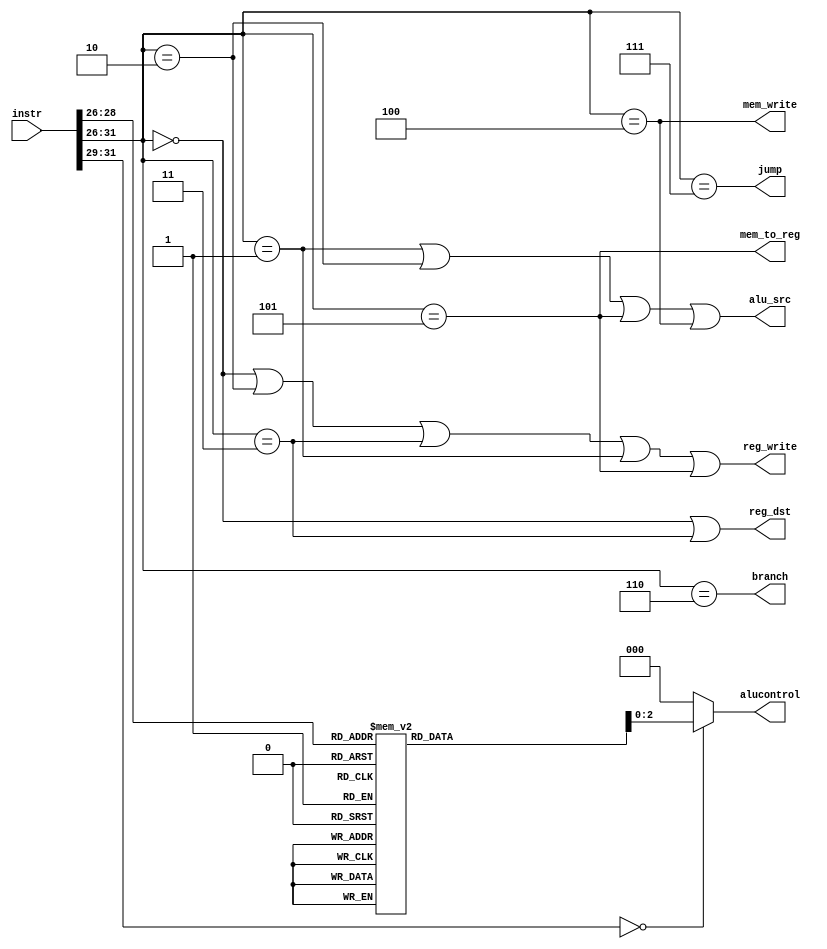
module controller (
	input  [31:0] instr     ,
	// other side
	output        branch    ,
	output        jump      ,
	output        mem_to_reg,
	output        mem_write ,
	output        reg_dst   ,
	output        reg_write ,
	// alu side
	output [ 2:0] alucontrol,
	output        alu_src
);

	/////////////////
	wire [5:0] opcode;
	assign opcode = instr[31:26];
	
	wire cond_for_add = (opcode == 0 );
    wire cond_for_addi = (opcode == 1);
    wire cond_for_sll = (opcode == 2);
    wire cond_for_slt = (opcode == 3);
    wire cond_for_sw = (opcode == 4);
    wire cond_for_lw = (opcode == 5);
    wire cond_for_beq = (opcode == 6);
    wire cond_for_j = (opcode == 7);

	wire cond_for_sub = (opcode == 8);
    wire cond_for_addu = (opcode == 9);
    wire cond_for_subu = (opcode == 10);
    wire cond_for_addiu = (opcode == 11);

    wire cond_for_and = (opcode == 12);
    wire cond_for_or = (opcode == 13);
    wire cond_for_andi = (opcode == 14);
    wire cond_for_ori = (opcode == 15);
    wire cond_for_bne = (opcode == 16);



	assign branch     = cond_for_beq;
	assign jump       = cond_for_j;
	assign mem_to_reg = cond_for_lw;
	assign mem_write  = cond_for_sw;
	assign reg_dst    = cond_for_add | cond_for_slt;
	assign reg_write  = cond_for_add | cond_for_sll| cond_for_slt | cond_for_addi | cond_for_lw;
	assign alu_src    = cond_for_addi | cond_for_sll| cond_for_lw | cond_for_sw;	

	reg [3:0] alu_command;
	always @(instr) begin
		casex (instr[31:26])
			6'b00000: alu_command = 3'b000;
			6'b00001: alu_command = 3'b001;
			6'b00010: alu_command = 3'b010;
			6'b00011: alu_command = 3'b011;
			6'b00100: alu_command = 3'b100;
			6'b00101: alu_command = 3'b101;
			6'b00110: alu_command = 3'b110;
			6'b00111: alu_command = 3'b111;
			default: alu_command = 3'b000;
		endcase
	end

	assign alucontrol = alu_command;

endmodule